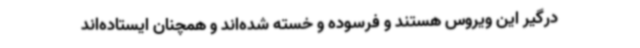
درگیر این ویروس هستند و فرسوده و خسته شده‌اند و همچنان ایستاده‌اند